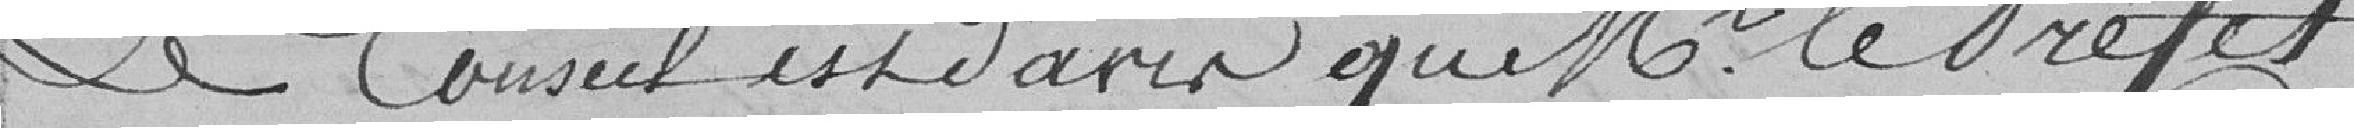
Le conseil est d'avis que Monsieur le Préfet